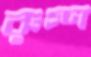
রুগ্ণ